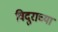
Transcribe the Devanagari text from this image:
विदुराच्या